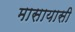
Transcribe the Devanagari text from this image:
मासायासी